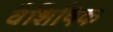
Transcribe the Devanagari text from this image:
वैशिषिक